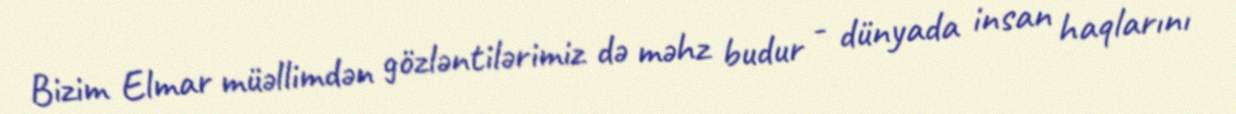
Bizim Elmar müəllimdən gözləntilərimiz də məhz budur - dünyada insan haqlarını